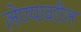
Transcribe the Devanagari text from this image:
लेण्यावरील